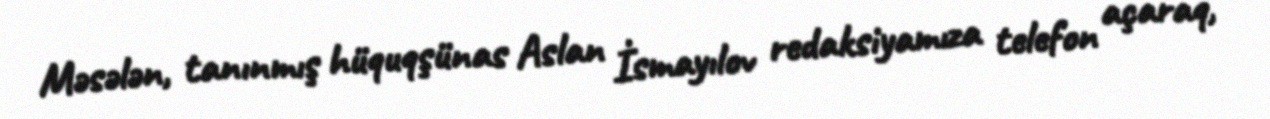
Məsələn, tanınmış hüquqşünas Aslan İsmayılov redaksiyamıza telefon açaraq,